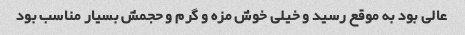
عالی بود به موقع رسید و خیلی خوش مزه و گرم و حجمش بسیار مناسب بود